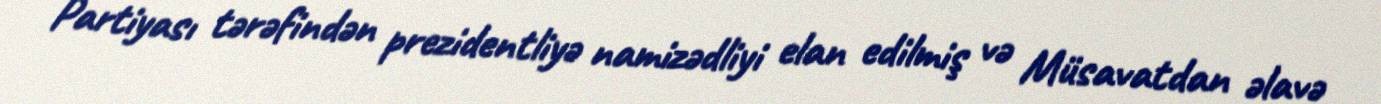
Partiyası tərəfindən prezidentliyə namizədliyi elan edilmiş və Müsavatdan əlavə